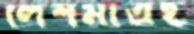
লেশমাত্রই